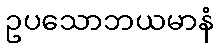
ဥပသောဘယမာနံ